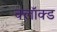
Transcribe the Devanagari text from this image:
क्लॉक्ड